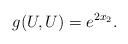
LaTeX: \begin{align*}g(U, U) = e^{2x_2}.\end{align*}